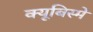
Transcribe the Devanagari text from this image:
क्यूबिस्मे